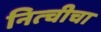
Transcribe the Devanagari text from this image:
नित्चीचा